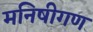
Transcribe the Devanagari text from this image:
मनिषीगण